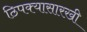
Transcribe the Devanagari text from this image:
ठिपक्यासारखी